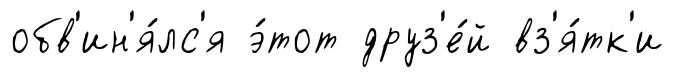
обв'ин'я́лс'я э́тот друз'е́й вз'я́тк'и